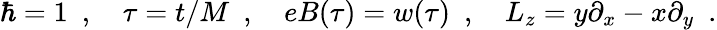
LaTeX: \hbar=1~~,~~~~\tau=t/M~~,~~~~eB(\tau)=w(\tau)~~,~~~~L_{z}=y\partial_{x}-x\partial_{y}~~.